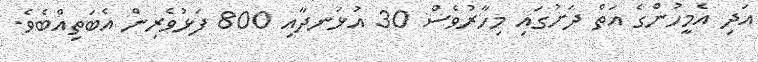
އަދި އެމީހުންގެ އަތް ދަށުގައި މިހާރުވެސް 30 އުޅަނދާއި 800 ފަޅުވެރިން އެބަތިއްބެވެ.